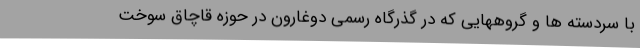
با سردسته ها و گروههایی که در گذرگاه رسمی دوغارون در حوزه قاچاق سوخت